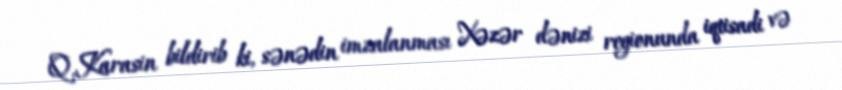
Q.Karasin bildirib ki, sənədin imzalanması Xəzər dənizi regionunda iqtisadi və